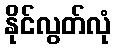
နိုင်လွတ်လုံ